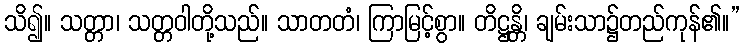
သိ၍။ သတ္တာ၊ သတ္တဝါတို့သည်။ သာတတံ၊ ကြာမြင့်စွာ။ တိဋ္ဌန္တိ၊ ချမ်းသာ၌တည်ကုန်၏။”